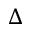
\Delta